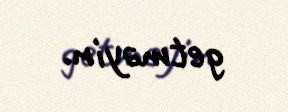
getməyin.